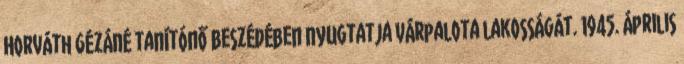
Horváth Gézáné tanítónő beszédében nyugtatja Várpalota lakosságát. 1945. április